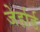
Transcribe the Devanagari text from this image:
जेर्हार्ड